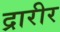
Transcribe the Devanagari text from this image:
द्रारीर